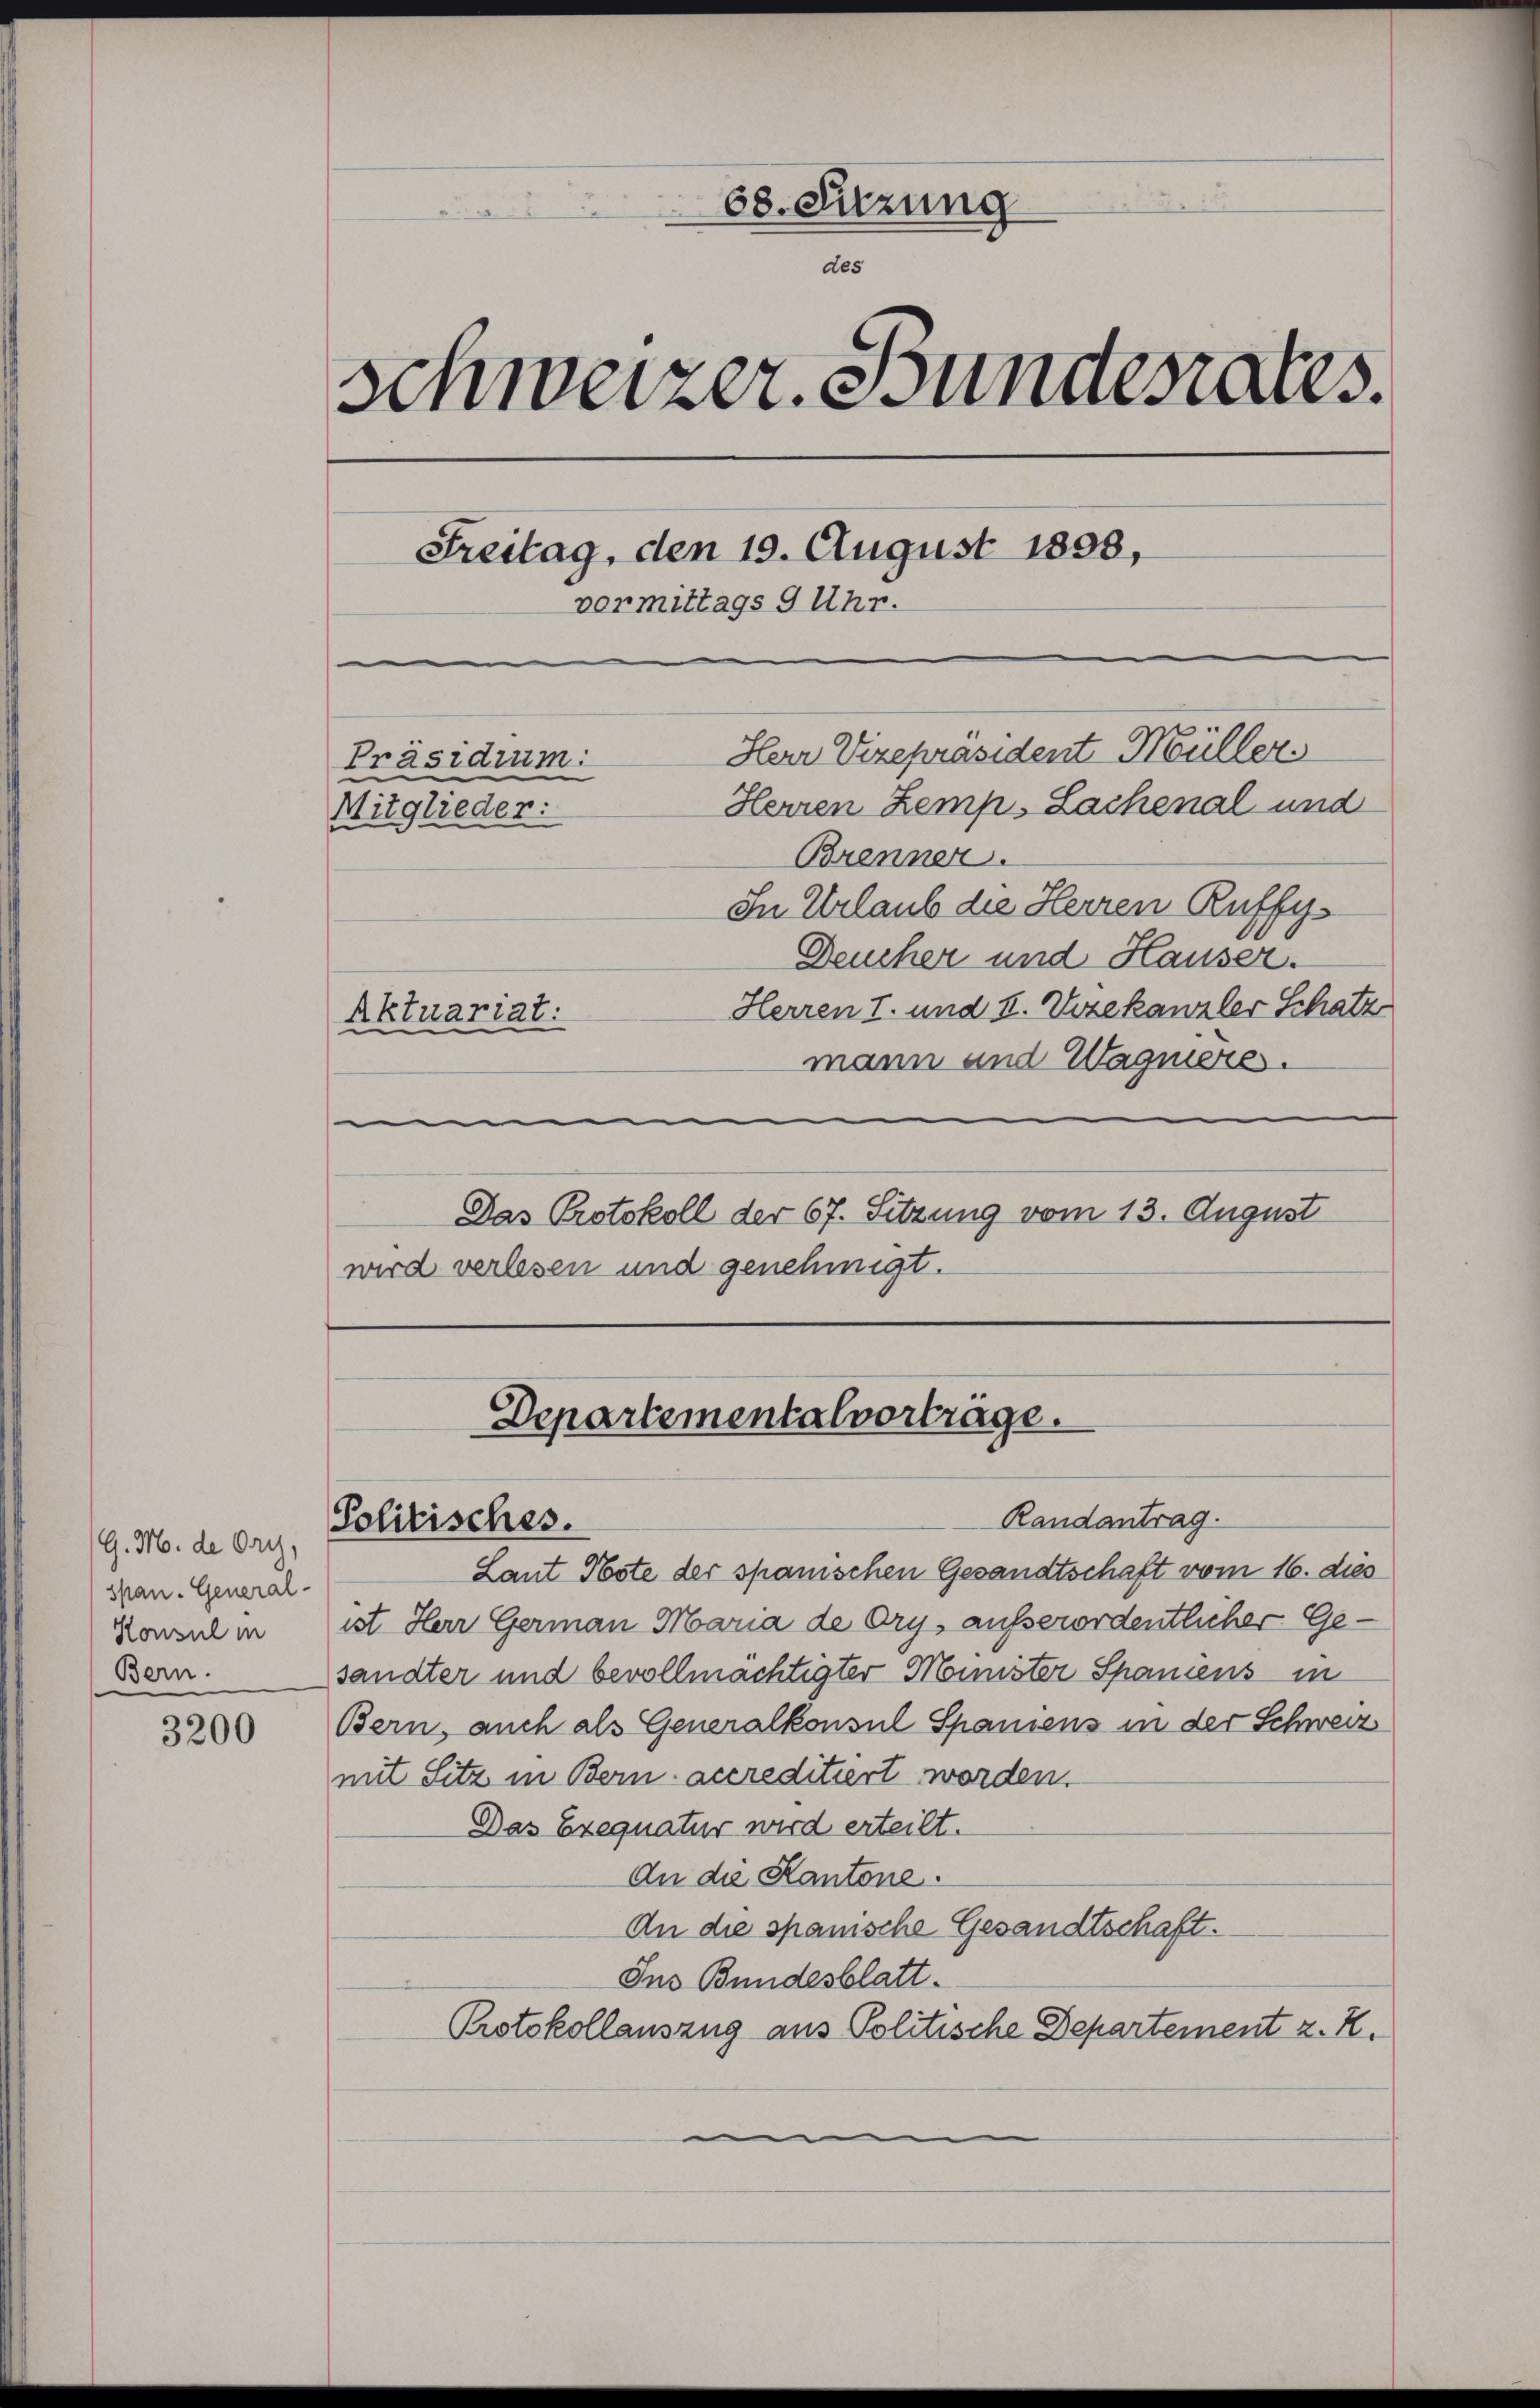
G. M. de Ory,
span. General-
Konsul in
Bern.

3200

mann und Wagneres.
.
Das Protokoll der 67. Sitzung vom 13. August
wird verlesen und genehmigt.

68. Sitzung
des
Schweizer. Bundesrates.
Freitag, den 19. August 1808,
vermittags 9 Uhr.
Herr Vizepräsident Müller
Präsidium:
Herren Zemp, Lachenal und
Mitglieder:
Brenner.
In Urlaub die Herren Ruffy¬
Deucher und Hauser.
Herren I. und II. Vizekanzler Schatz
Aktuariat.

Departementalvorträge.
Randantrag.
Politisches.

Laut Obste der spanischen Gesandtschaft vom 16. dies
ist Herr Germann Maria de Ory, ausserordentlicher Gesandter und bevollmächtigter Minister Spaniens in
Bern, auch als Generalkonsul Spaniens in der Schweiz
mit Sitz in Bern accreditiert worden.
Das Exequatur wird erteilt.
An die Kantone.
An die spanische Gesandtschaft.
Ins Bundesblatt.
Protokollauszug aus Politische Departement z. K.